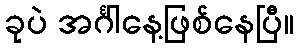
ခုပဲ အင်္ဂါနေ့ဖြစ်နေပြီ။